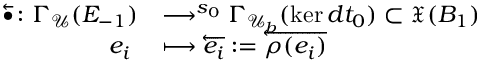
\begin{array} { r l } { \overleftarrow { \bullet } \colon \Gamma _ { \mathcal { U } } ( E _ { - 1 } ) } & { \longrightarrow ^ { s _ { 0 } } \Gamma _ { \mathcal { U } _ { b } } ( \ker d t _ { 0 } ) \subset \mathfrak { X } ( B _ { 1 } ) } \\ { e _ { i } \; } & { \longmapsto \overleftarrow { e _ { i } } : = \overleftarrow { \rho ( e _ { i } ) } } \end{array}